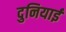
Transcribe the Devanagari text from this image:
दुनियाई